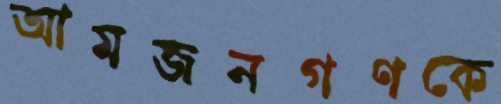
আমজনগণকে